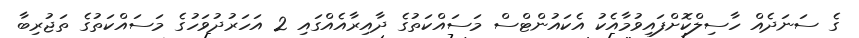
ގެ ސަނަދެއް ހާސިލްކޮށްފައިވުމާއެކު އެކައުންޓްސް މަސައްކަތުގެ ދާއިރާއެއްގައި 2 އަހަރުދުވަހުގެ މަސައްކަތުގެ ތަޖުރިބާ